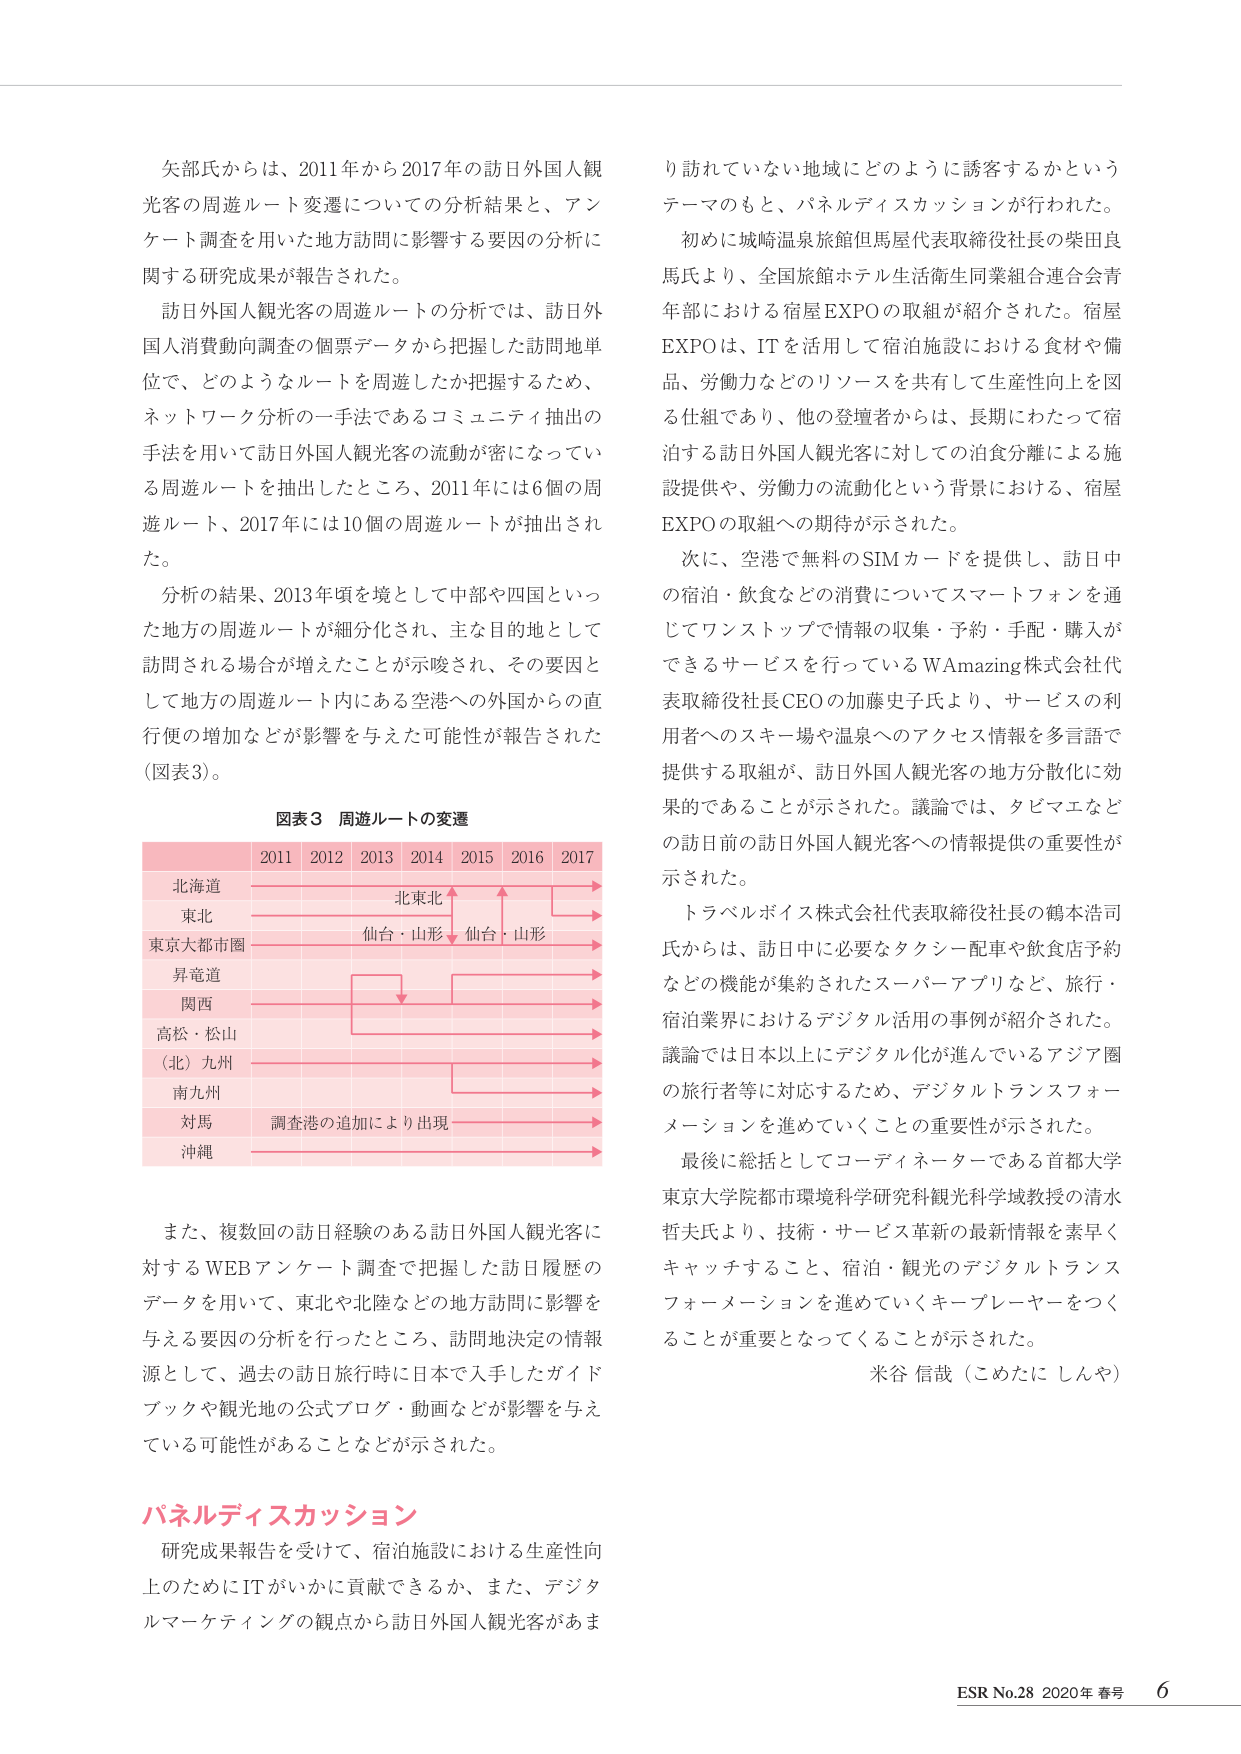
矢部氏からは、2011年から2017年の訪日外国人観光客の周遊ルート変遷についての分析結果と、アンケート調査を用いた地方訪問に影響する要因の分析に関する研究成果が報告された。

訪日外国人観光客の周遊ルートの分析では、訪日外国人消費動向調査の個票データから把握した訪問地単位で、どのようなルートを周遊したか把握するため、ネットワーク分析の一手法であるコミュニティ抽出の手法を用いて訪日外国人観光客の流動が密になっている周遊ルートを抽出したところ、2011年には6個の周遊ルート、2017年には10個の周遊ルートが抽出された。

分析の結果、2013年頃を境として中部や四国といった地方の周遊ルートが細分化され、主な目的地として訪問される場合が増えたことが示唆され、その要因として地方の周遊ルート内にある空港への外国からの直行便の増加などが影響を与えた可能性が報告された（図表3）。

図表3 周遊ルートの変遷

2011 2012 2013 2014 2015 2016 2017
北海道 → → → → → → →
東北 → → → → → → →
東京大都市圏 → → → → → → →
昇竜道 → → → → → → →
関西 → → → → → → →
高松・松山 → → → → → → →
（北）九州 → → → → → → →
南九州 → → → → → → →
対馬 調査港の追加により出現 → → → → → → →
沖縄 → → → → → → →

また、複数回の訪日経験のある訪日外国人観光客に対するWEBアンケート調査で把握した訪日履歴のデータを用いて、東北や北陸などの地方訪問に影響を与える要因の分析を行ったところ、訪問地決定の情報源として、過去の訪日旅行時に日本で入手したガイドブックや観光地の公式ブログ・動画などが影響を与えている可能性があることなどが示された。

パネルディスカッション

研究成果報告を受けて、宿泊施設における生産性向上のためにITがいかに貢献できるか、また、デジタルマーケティングの観点から訪日外国人観光客があまり訪れていない地域にどのように誘客するかというテーマのもと、パネルディスカッションが行われた。

初めに城崎温泉旅館但馬屋代表取締役社長の柴田良馬氏より、全国旅館ホテル生活衛生同業組合連合会青年部における宿屋EXPOの取組が紹介された。宿屋EXPOは、ITを活用して宿泊施設における食材や備品、労働力などのリソースを共有して生産性向上を図る仕組であり、他の登壇者からは、長期にわたって宿泊する訪日外国人観光客に対しての泊食分離による施設提供や、労働力の流動化という背景における、宿屋EXPOの取組への期待が示された。

次に、空港で無料のSIMカードを提供し、訪日中の宿泊・飲食などの消費についてスマートフォンを通じてワンストップで情報の収集・予約・手配・購入ができるサービスを行っているWAmazing株式会社代表取締役社長CEOの加藤史子氏より、サービスの利用者へのスキー場や温泉へのアクセス情報を多言語で提供する取組が、訪日外国人観光客の地方分散化に効果的であることが示された。議論では、タビマエなどの訪日前の訪日外国人観光客への情報提供の重要性が示された。

トラベルボイス株式会社代表取締役社長の鶴本浩司氏からは、訪日中に必要なタクシー配車や飲食店予約などの機能が集約されたスーパーアプリなど、旅行・宿泊業界におけるデジタル活用の事例が紹介された。議論では日本以上にデジタル化が進んでいるアジア圏の旅行者等に対応するため、デジタルトランスフォーメーションを進めていくことの重要性が示された。

最後に総括としてコーディネーターである首都大学東京大学院都市環境科学研究科観光科学域教授の清水哲夫氏より、技術・サービス革新の最新情報を素早くキャッチすること、宿泊・観光のデジタルトランスフォーメーションを進めていくキープレイヤーをつくることが重要となってくることが示された。

米谷 信哉（こめたに しんや）

ESR No.28 2020年 春号 6